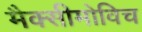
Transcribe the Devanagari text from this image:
मैक्सीमोविच